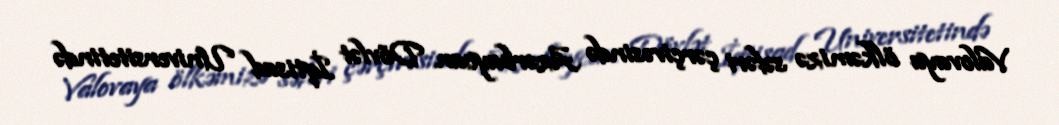
Valovaya ölkəmizə səfəri çərçivəsində Azərbaycan Dövlət İqtisad Universitetində